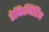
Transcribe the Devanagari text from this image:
डेफिनिटिव